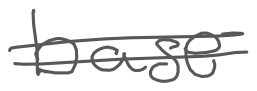
Text: base
Cross-out: double-line
Writing tool: digital_gray